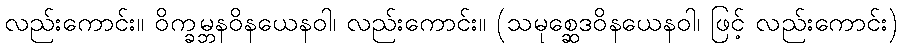
လည်းကောင်း။ ဝိက္ခမ္ဘနဝိနယေနဝါ၊ လည်းကောင်း။ (သမုစ္ဆေဒဝိနယေနဝါ၊ ဖြင့် လည်းကောင်း)